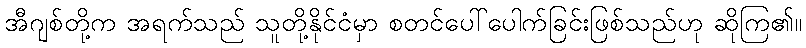
အီဂျစ်တို့က အရက်သည် သူတို့နိုင်ငံမှာ စတင်ပေါ်ပေါက်ခြင်းဖြစ်သည်ဟု ဆိုကြ၏။